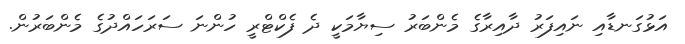
އަޅުގަނޑާއި ނައިފަރު ދާއިރާގެ މެންބަރު ސިޔާމަކީ ދެ ފެކްޓްރީ ހުންނަ ސަރަހައްދުގެ މެންބަރުން.